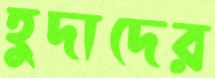
হুদাদের